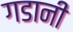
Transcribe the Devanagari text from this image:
गडानी